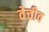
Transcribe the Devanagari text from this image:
वेचीव